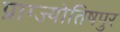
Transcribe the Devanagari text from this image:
प्राग्ज्योतिषपुर